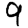
Digit: 9